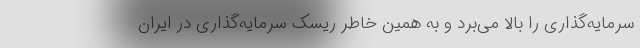
سرمایه‌گذاری را بالا می‌برد و به همین خاطر ریسک سرمایه‌گذاری در ایران